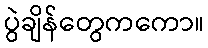
ပွဲချိန်တွေကကော။